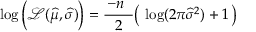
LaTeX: \log { \Big ( } { \mathcal { L } } ( { \widehat { \mu } } , { \widehat { \sigma } } ) { \Big ) } = { \frac { \, - n \; \; } { 2 } } { \big ( } \, \log ( 2 \pi { \widehat { \sigma } } ^ { 2 } ) + 1 \, { \big ) }